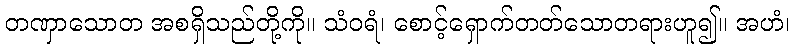
တဏှာသောတ အစရှိသည်တို့ကို။ သံဝရံ၊ စောင့်ရှောက်တတ်သောတရားဟူ၍။ အဟံ၊